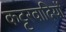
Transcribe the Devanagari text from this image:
कट्टरवादियों